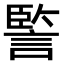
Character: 𧩾